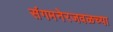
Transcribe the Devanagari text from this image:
संगमनेरजवळच्या